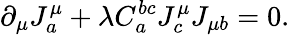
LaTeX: \partial_{\mu}J_{a}^{\mu}+\lambda C_{a}^{bc}J_{c}^{\mu}J_{\mu b}=0.